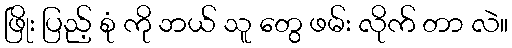
ဖြိုး ပြည့် စုံ ကို ဘယ် သူ တွေ ဖမ်း လိုက် တာ လဲ။